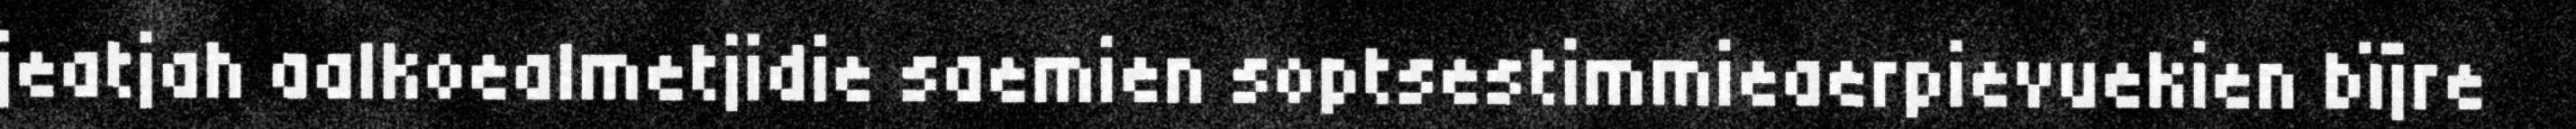
jeatjah aalkoealmetjidie saemien soptsestimmieaerpievuekien bïjre